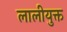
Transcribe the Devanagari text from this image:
लालीयुक्त